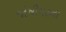
જોષીમઠના